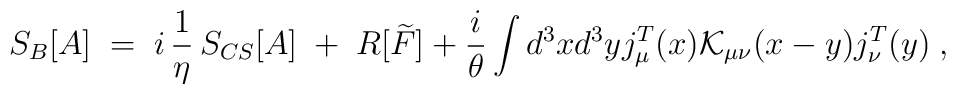
S_B[A]\;=\; i \,\frac{1}{\eta} \,S_{CS}[A]\;+\;R[\widetilde{F}] +  \frac{i}{\theta}\int d^3x d^3y j_\mu^T(x) {\mathcal K}_{\mu\nu}(x-y) j_\nu^T(y)\;,